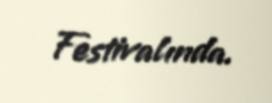
Festivalında.